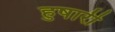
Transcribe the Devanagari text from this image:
हुषारी